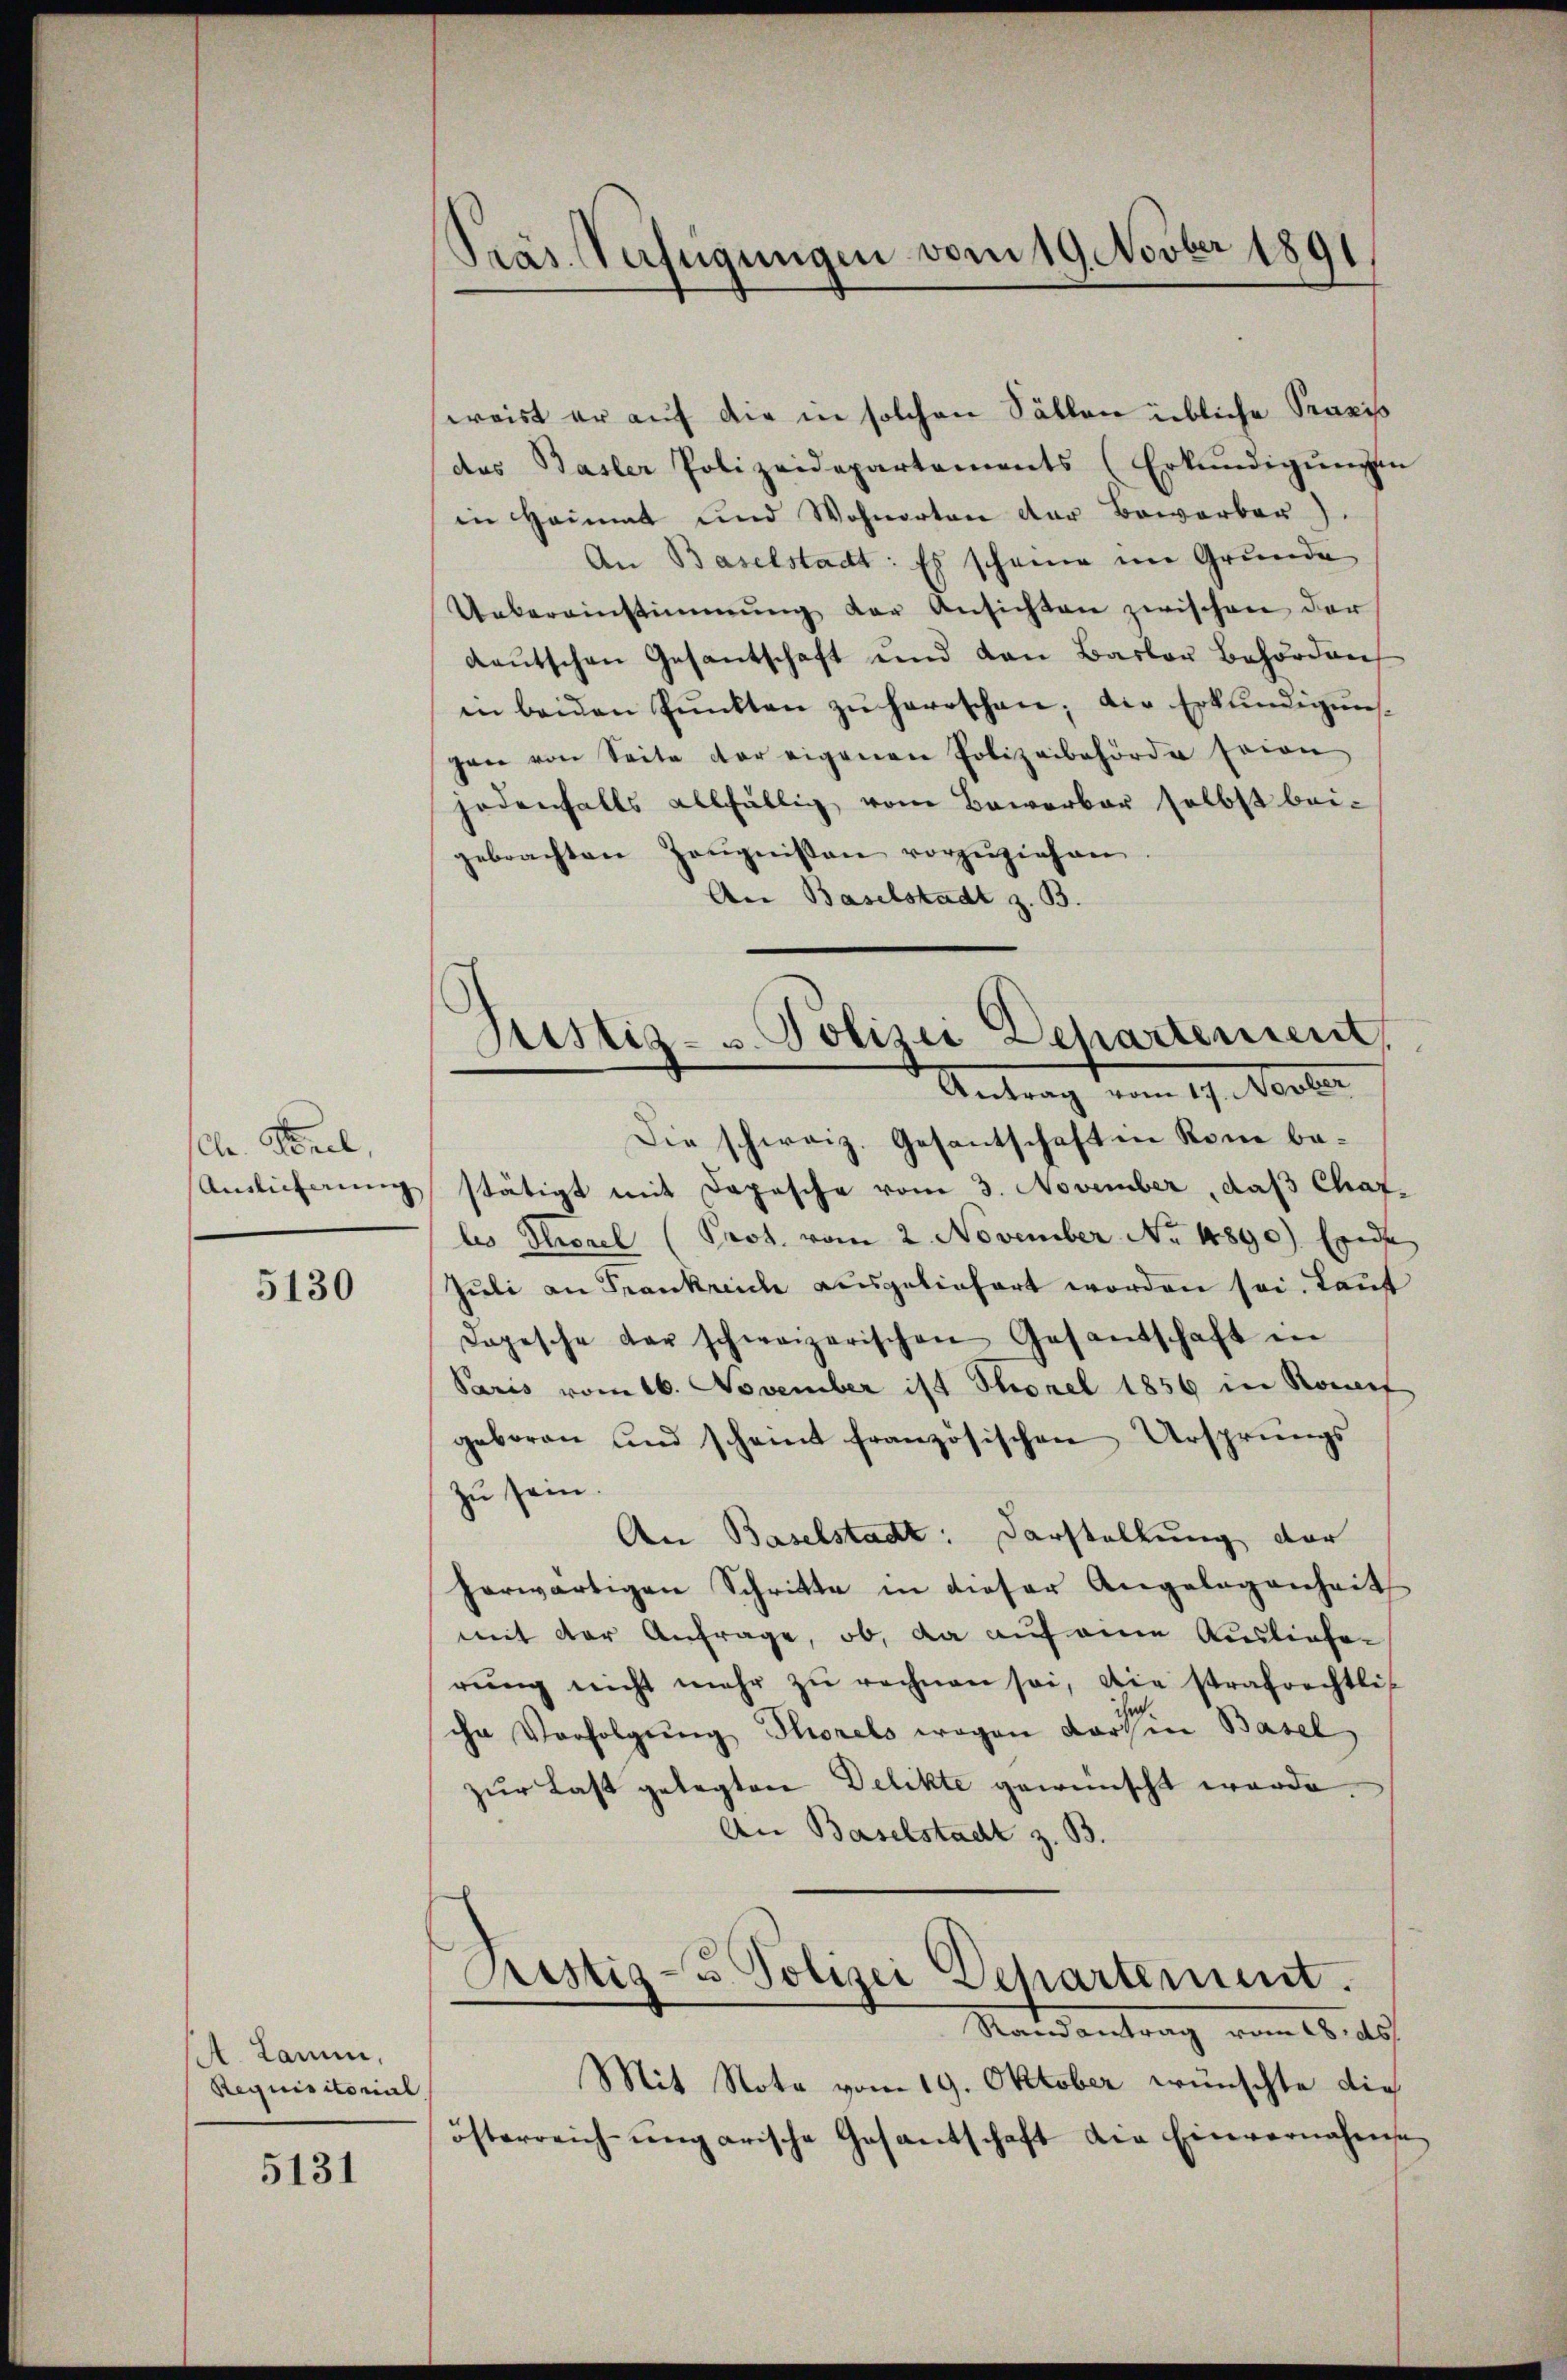
ele. Sorel,
Auslieferung

5130

A. Lamm,
Requisitorial

5131

Präs. Verfügungen vom 19. Novber 1891

Justiz- u. Polizei Dehartement,
Antrag vom 19. Vertr

weist er auf die in solchen Fällen übliche Praxis
des Basler Polizeidepartaments (Erkŭndigŭngen
in Heimat und Wohnorten der Bewerber)
An Baselstadt: Es scheine im Grunde
Uebereinstimmung der Ansichten zwischen der
deutschen Gesantschaft und den Basler Behörden
in beiden Pŭnkten zŭ herrschen, die Erkŭndigŭng
gen von Seite der eigenen Polizeibehörde seien
jedenfalls allfällig vom Bewerbar selbst bei-
gebrachten Zeŭgnissen vorzuziehen
An Baselstadt z. B.
Die schweiz. Gesantschaft in Rom bestätigt mit Depesche vom 3. November, daß Charlis Strael (Prot. vom 2. November No. 14890) Ende
Juli an Frankreich ausgeliefert worden sei. Lauf
Dopesche der schweizerischen Gesandschaft in
Paris vom 16. November ist Thonel 1856 in Roment
geboren und scheint französischen Ursprungs
zu sein.
An Baselstadt: Darstellung der
herwärtigen Schritte in dieser Angelegenheit
mit der Anfrage, ob, da auf eine Ausliefer
rŭng nicht mehr zŭ rechnen sei, die strafrechtli
ihn Verfolgŭng Thorels wegen dorthin Basel,
zŭr Last gelegten Delikte gewünscht werde.
An Baselstadt z. B.
Pistiz- u. Polizei Departement.
Stand antrag vom 15. d.
Mit Nota vom 19. Oktober wünschte die
österreichŭngarische Gesantschaft die Einvernahmse